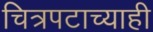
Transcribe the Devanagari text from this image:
चित्रपटाच्याही